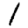
Digit: 1